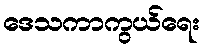
ဒေသကာကွယ်ရေး